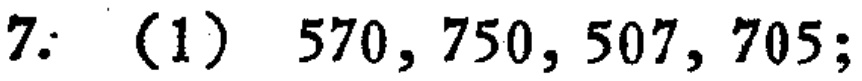
7: (1) \(570, 750, 507, 705;\)